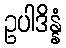
ဥပါဒိန္နံ